Punjab Mental Hospital Lahore 1932-46 - 1932-1946
Year: 1932
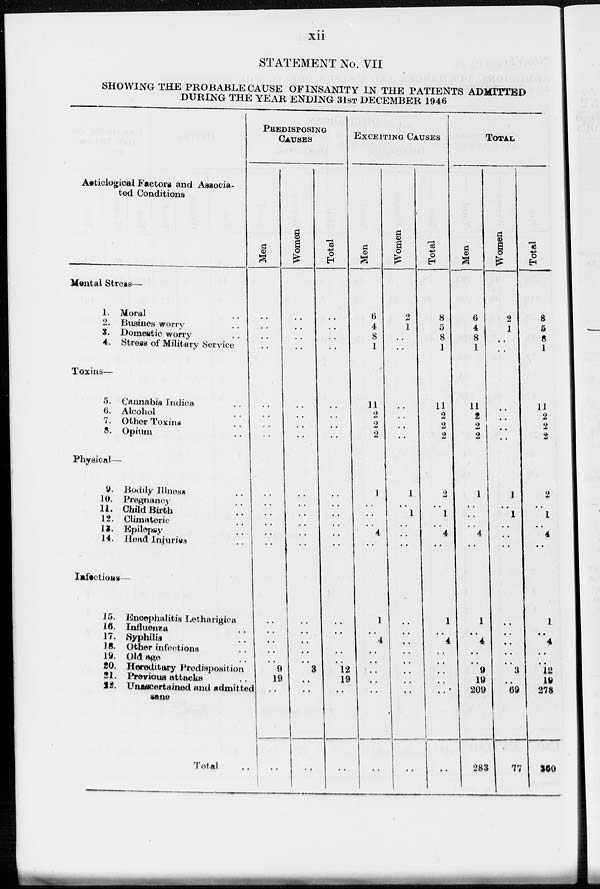
xii
STATEMENT No. VII
SHOWING THE PROBABLE CAUSE OF INSANITY IN THE PATIENTS ADMITTED
DURING THE YEAR ENDING 31ST DECEMBER 1946
Aeticlogical Factors and Associa-
ted Conditions
Mental Stress—
1. Moral ..
2. Busines worry ..
3. Domestic worry ..
4. Stress of Military Service
Toxins—
5. Cannabis Indica ..
6. Alcohol ..
7. Other Toxins ..
8. Opium ..
Physical—
9. Bodily Illness ..
10. Pregnancy ..
11. Child Birth ..
12. Climateric ..
13. Epilepsy ..
14. Head Injuries ..
Infections—
15. Encephalitis Letharigica
16. Influenza ..
17. Syphilis ..
18. Other infections ..
19. Old age ..
20. Hereditary Predisposition
21. Previous attacks ..
22. Unascertained and admitted
sane
Total ..
PREDISPOSING
CAUSES
Men
..
..
..
..
..
..
..
..
..
..
..
..
..
..
..
.. .. ..
.. 9
19
..
..
Women
..
..
..
..
..
..
..
..
..
..
..
..
..
..
..
.. .. ..
.. 3
..
..
..
Total
..
..
..
..
..
..
..
..
..
..
..
..
..
..
..
..
.. .. ..
12
19
..
..
EXCEITING CAUSES
Men
6
4
8
1
11
2
2
2
1
..
..
..
4
..
1
..
4
..
.. ..
..
..
..
Women
2
1
..
..
..
..
..
..
1
..
1
..
..
..
..
.. .. .. ..
..
..
..
..
Total
8
5
8
1
11
2
2
2
2
..
1
..
4
..
1
.. 4
.. ..
..
.. ..
..
TOTAL
Men
6
4
8
1
11
2 2
2
1
..
..
..
4
..
1
.. 4
..
.. 9
19
209
283
Women
2
1
..
..
..
..
..
..
1
..
1
..
..
..
..
.. .. ..
.. 3
.. 69
77
Total
8
5
8
1
11
2
2
2
2
..
1
..
4
..
1
.. 4
..
.. 12
19
278
360